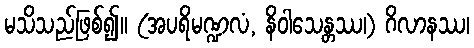
မသိသည်ဖြစ်၍။ (အပရိမဏ္ဍလံ, နိဝါသေန္တဿ၊) ဂိလာနဿ၊